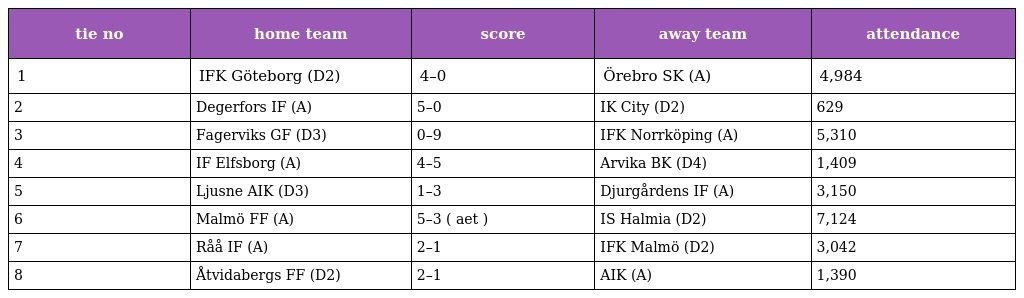
| tie no | home team | score | away team | attendance |
 | --- | --- | --- | --- | --- |
 | 1 | IFK Göteborg (D2) | 4–0 | Örebro SK (A) | 4,984 |
 | 2 | Degerfors IF (A) | 5–0 | IK City (D2) | 629 |
 | 3 | Fagerviks GF (D3) | 0–9 | IFK Norrköping (A) | 5,310 |
 | 4 | IF Elfsborg (A) | 4–5 | Arvika BK (D4) | 1,409 |
 | 5 | Ljusne AIK (D3) | 1–3 | Djurgårdens IF (A) | 3,150 |
 | 6 | Malmö FF (A) | 5–3 ( aet ) | IS Halmia (D2) | 7,124 |
 | 7 | Råå IF (A) | 2–1 | IFK Malmö (D2) | 3,042 |
 | 8 | Åtvidabergs FF (D2) | 2–1 | AIK (A) | 1,390 |